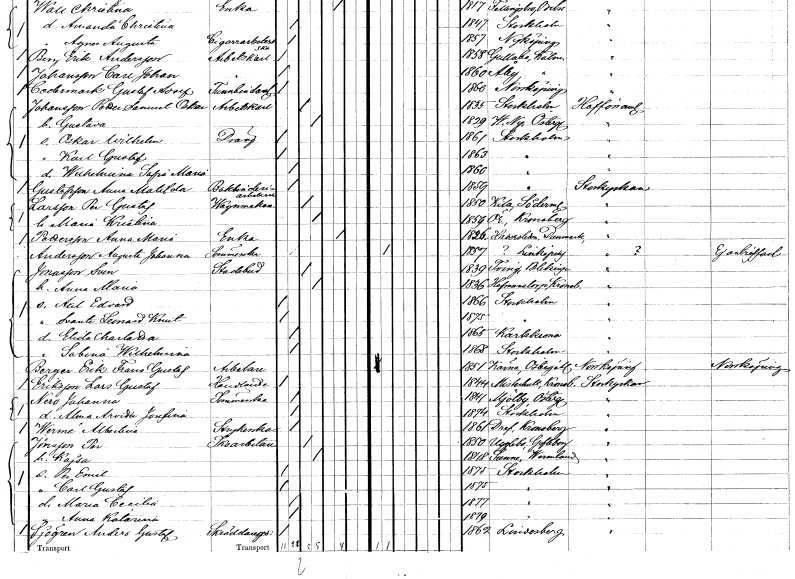
gt_parse: households: individuals: FN: Karl Gustaf
KON: M
CIV: O
FODAR: 1863
FODFORS: Stockholm
FN: Wilhelmina Sofia Maria
KON: K
CIV: O
FODAR: 1860
FODFORS: Stockholm
FN: Anna Matilda
EN: Gustafsson
YRKE: Bokbinderiarbeterska
KON: K
CIV: O
FODAR: 1859
FODFORS: Stockholm
FN: Per Gustaf
EN: Larsson
YRKE: Vagnmakare
KON: M
CIV: G
FODAR: 1850
FODFORS: Kila Södermanlands län
FN: Maria Kristina
KON: K
CIV: G
FODAR: 1859
FODFORS: Ör Kronobergs län
FN: Anna Maria
EN: Pettersson
YRKE: Änka
KON: K
CIV: E
FODAR: 1826
FN: Augusta Johanna
EN: Andersson
YRKE: Sömmerska
KON: K
CIV: O
FODAR: 1857
FN: Sven
EN: Jonasson
YRKE: Stadsbud
KON: M
CIV: G
FODAR: 1839
FODFORS: Tving Blekinge län
FN: Anna Maria
KON: K
CIV: G
FODAR: 1836
FODFORS: Hovmantorp Kronobergs län
FN: Axel Edvard
KON: M
CIV: O
FODAR: 1866
FODFORS: Stockholm
FN: Svante Leonard Knut
KON: M
CIV: O
FODAR: 1875
FODFORS: Stockholm
FN: Elida Charlotta
KON: K
CIV: O
FODAR: 1865
FODFORS: Karlskrona Blekinge län
FN: Sabina Wilhelmina
KON: K
CIV: O
FODAR: 1868
FODFORS: Stockholm
FN: Erik Frans Gustaf
EN: Berger
YRKE: Arbetare
KON: M
CIV: O
FODAR: 1851
FODFORS: Kärna Östergötlands län
FN: Lars Gustaf
EN: Eriksson
YRKE: Handlande
KON: M
CIV: O
FODAR: 1844
FODFORS: Misterhult Kalmar län
FN: Johanna
EN: Nero
YRKE: Sömmerska
KON: K
CIV: O
FODAR: 1841
FODFORS: Mjölby Östergötlands län
FN: Alma Arvida Josefina
KON: K
CIV: O
FODAR: 1874
FODFORS: Stockholm
FN: Albertina
EN: Werne
YRKE: Strykerska
KON: K
CIV: O
FODAR: 1861
FODFORS: Drev Kronobergs län
FN: Per
EN: Jönsson
YRKE: Skoarbetare
KON: M
CIV: G
FODAR: 1850
FODFORS: Ockelbo Gävleborgs län
FN: Kajsa
KON: K
CIV: G
FODAR: 1848
FODFORS: Sunne Värmlands län
FN: Per Emil
KON: M
CIV: O
FODAR: 1875
FODFORS: Stockholm
FN: Carl Gustaf
KON: M
CIV: O
FODAR: 1875
FODFORS: Stockholm
FN: Maria Cecilia
KON: K
CIV: O
FODAR: 1877
FODFORS: Stockholm
FN: Anna Katarina
KON: K
CIV: O
FODAR: 1879
FODFORS: Stockholm
FN: Anders Gustaf
EN: Sjögren
YRKE: Skräddaregesäll
KON: M
CIV: O
FODAR: 1862
FODFORS: Lindesberg Örebro län